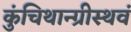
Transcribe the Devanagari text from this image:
कुंचिथान्ग्रीस्थवं